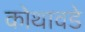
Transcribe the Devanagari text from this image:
कोथावडे